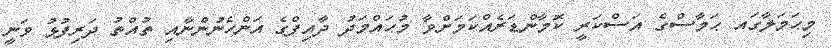
މިޙަމަލާގައ ޙަމާސްގެ އަސްކަރީ ކޮމާންޑަރެއްކަމަށްވާ މުޙައްމަދު ދާއިފްގެ އަންހެނުންނާއި ތުއްތު ދަރިފުޅު ވަނީ